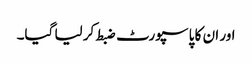
اور ان کا پاسپورٹ ضبط کر لیا گیا۔